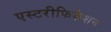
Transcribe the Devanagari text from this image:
एस्टरीफिकेशन